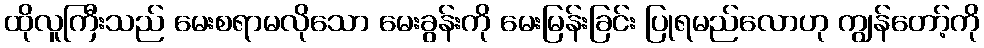
ထိုလူကြီးသည် မေးစရာမလိုသော မေးခွန်းကို မေးမြန်းခြင်း ပြုရမည်လောဟု ကျွန်တော့်ကို